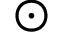
\odot